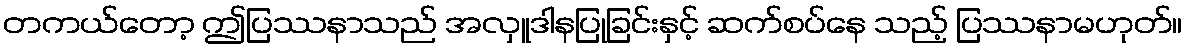
တကယ်တော့ ဤပြဿနာသည် အလှူဒါနပြုခြင်းနှင့် ဆက်စပ်နေ သည့် ပြဿနာမဟုတ်။